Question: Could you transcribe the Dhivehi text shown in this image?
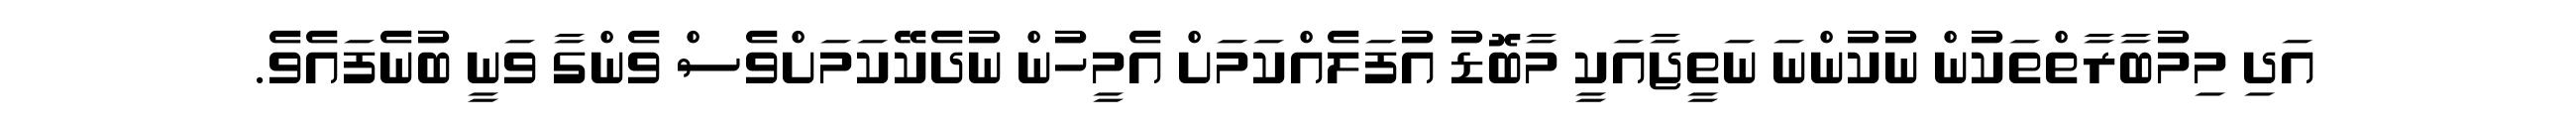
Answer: އަދި މިމުބާރާތްތަކުން ނުކުންނަ ނަތީޖާއަކީ މާބޮޑު އުފަލެއްކަމަށް އެމީހުން ނުދެކޭކަމަށްވެސް ވެންގާ ވަނީ ބުނެފައެވެ.